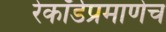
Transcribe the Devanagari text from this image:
रेकॉर्डप्रमाणेच